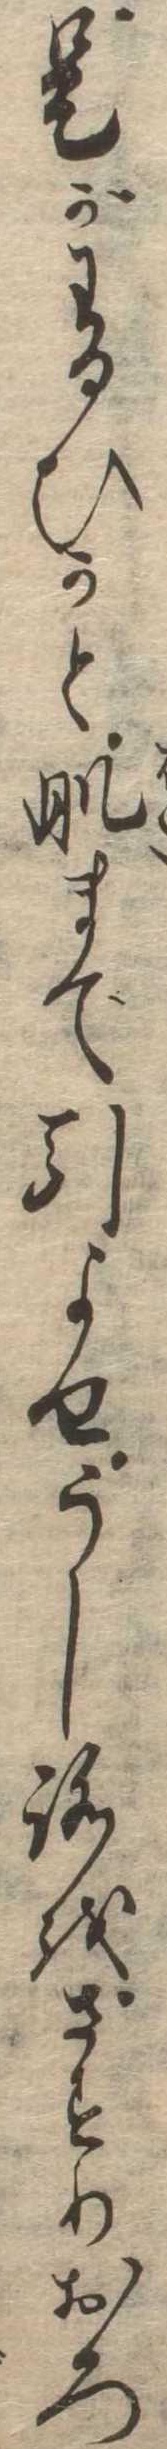
是がわるひかと肌まで引よせうしろをさすりおろ